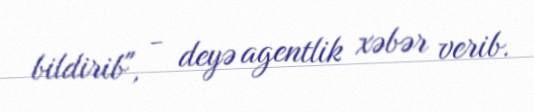
bildirib", - deyə agentlik xəbər verib.